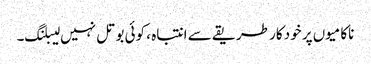
ناکامیوں پر خود کار طریقے سے انتباہ ، کوئی بوتل نہیں لیبلنگ۔